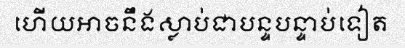
ហើយអាចនឹងស្លាប់ជាបន្ទបន្ទាប់ទៀត